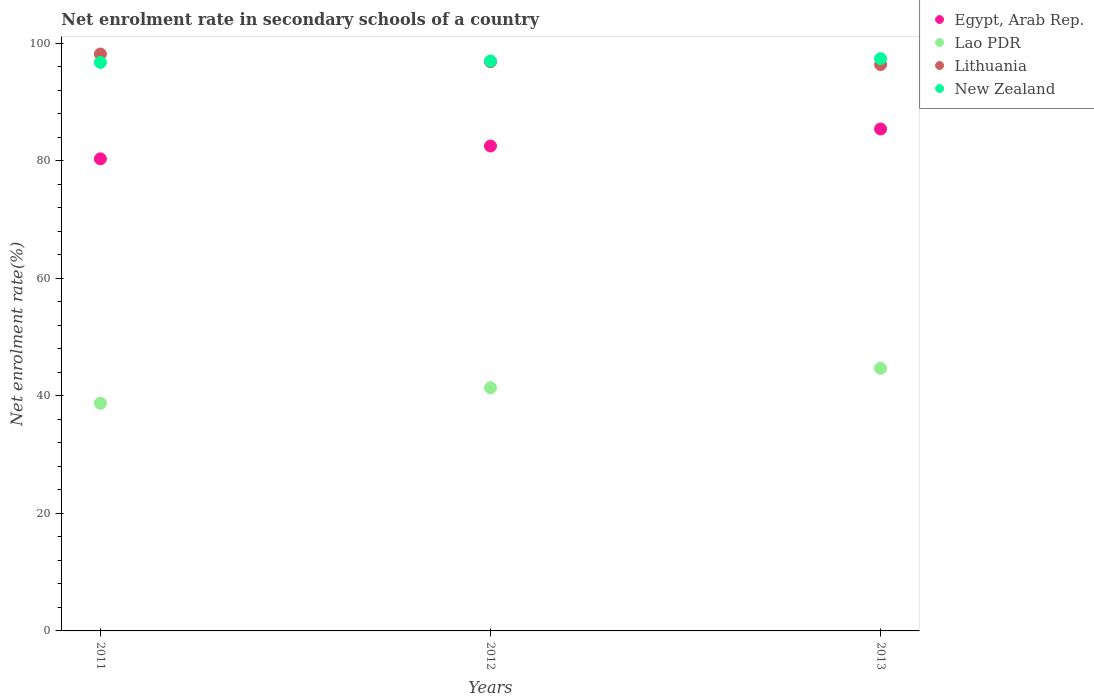
| Years | Egypt, Arab Rep. | Lao PDR | Lithuania | New Zealand |
 | --- | --- | --- | --- | --- |
 | 2011 | 80.3 | 38.7 | 98.1 | 96.7 |
 | 2012 | 82.5 | 41.4 | 96.8 | 97 |
 | 2013 | 85.4 | 44.7 | 96.3 | 97.4 |